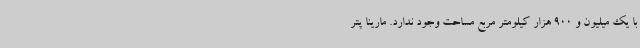
با یک میلیون و 900 هزار کیلومتر مربع مساحت وجود ندارد. مارینا پتر